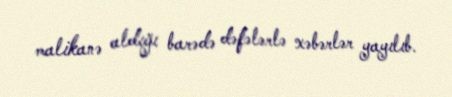
malikanə aldığı barədə dəfələrlə xəbərlər yayılıb.